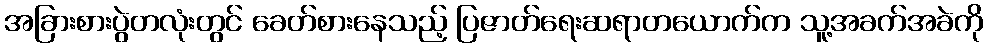
အခြားစားပွဲတလုံးတွင် ခေတ်စားနေသည့် ပြဇာတ်ရေးဆရာတယောက်က သူ့အခက်အခဲကို